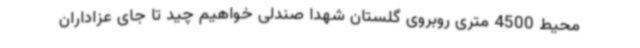
محیط 4500 متری روبروی گلستان شهدا صندلی خواهیم چید تا جای عزاداران